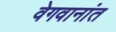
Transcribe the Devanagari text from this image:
वेगवानांत